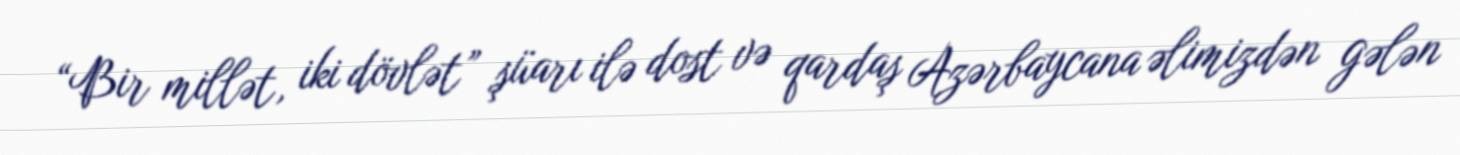
“Bir millət, iki dövlət” şüarı ilə dost və qardaş Azərbaycana əlimizdən gələn